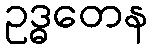
ဥဒ္ဓတေန